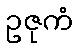
ဥဇုကံ